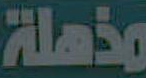
مذهلة